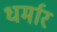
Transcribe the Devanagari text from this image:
धर्मार